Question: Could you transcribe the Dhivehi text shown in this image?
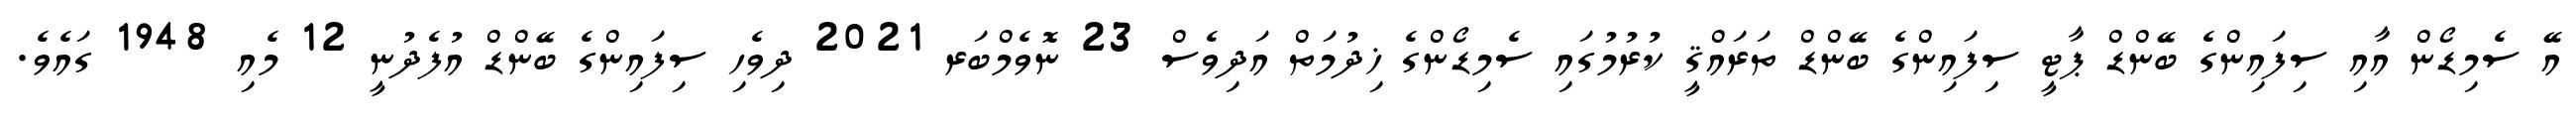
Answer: އޭ ސެމިޑޯން އާއި ސިފައިންގެ ބޭންޑް ޕާޓީ ސިފައިންގެ ބޭންޑް ތަރައްޤީ ކުރުމުގައި ސެމިޑޯންގެ ޚިދުމަތް އަދިވެސް 23 ނޮވެމްބަރ 2021 ދިވެހި ސިފައިންގެ ބޭންޑް އުފެދުނީ 12 މެއި 1948 ގައެވެ.